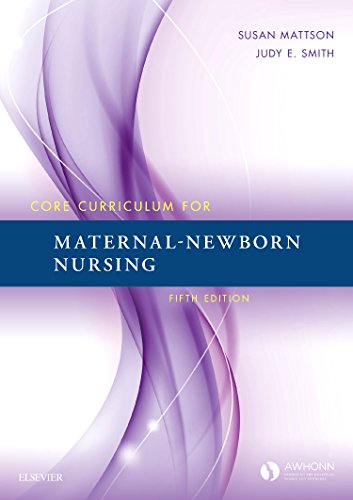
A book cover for Core Curriculum for Maternal-Newborn Nursing, 5e; AWHONN; Parenting & Relationships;